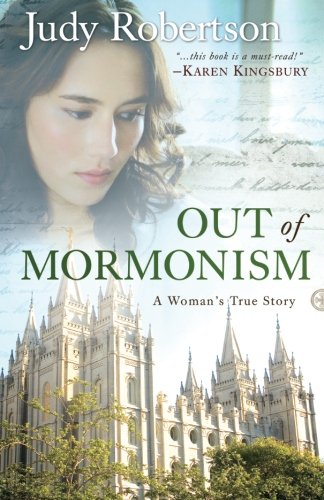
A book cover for Out of Mormonism: A Woman's True Story; Judy Robertson; Religion & Spirituality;